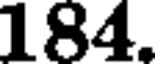
184.